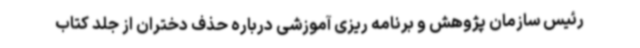
رئیس سازمان پژوهش و برنامه ریزی آموزشی درباره حذف دختران از جلد کتاب